Annual administration and progress report of the Indian Medical Department, Bombay
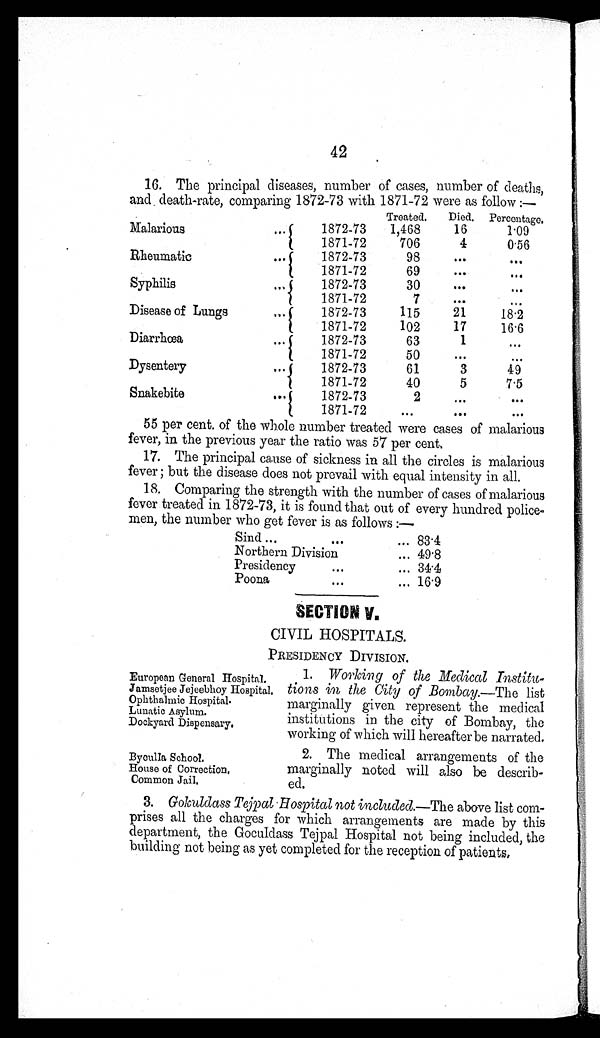
European General Hospital.
Jamsetjee Jejeebhoy Hospital.
Ophthalmic Hospital.
Lunatic Asylum.
Dockyard Dispensary.
Byoulla School.
House of Correction.
Common Jail.
42
16. The principal diseases, number of cases, number of deaths,
and death-rate, comparing 1872-73 with 1871-72 were as follow :—
Malarious . . .
Treated.
Died. Percentage.
1872-73
1,468
16
1.09
1871-72
706
4
0.56
Rheumatic . . .
1872-73
98
. . .
. . .
1871-72
69
. . .
. . .
Syphilis . . .
1872-73
30
. . .
. . .
1871-72
7
. . .
. . .
Disease of Lungs . . .
1872-73
115
21
18.2
1871-72
102
17
16.6
Diarrhœa . . .
1872-73
63
1
. . .
1871-72
50
. . .
. . .
Dysentery . . .
1872-73
61
3
49
1871-72
40
5
7.5
Snakebite . . .
1872-73
2
. . .
. . .
1871-72
. . .
. . .
. . .
55 per cent of the whole number treated were cases of malarious
fever, in the previous year the ratio was 57 per cent.
17.The principal cause of sickness in all the circles is malarious
fever ; but the disease does not prevail with equal intensity in all.
18. Comparing the strength with the number of cases of malarious
fever treated in 1872-73, it is found that out of every hundred police
- m e n , t h e n u m b e r w h o g e t f e v e r i s a s f o l l o w s : —
Sind . . . 83.4
Northern Division . . . 49.8
Presidency . . . 34.4
Poona . . .
16.9
SECTION V.
CIVIL HOSPITALS.
PRESIDENCY DIVISION.
1. Working of the Medical Institu
- t i o n s i n t h e C i t y o f B o m b a y.
— T h e l i s t
marginally given represent the medical
institutions in the city of Bombay, the
working of which will hereafter be narrated.
2. The medical arrangements of the
marginally noted will also be describ-
ed.
3. Gokuldass Tejpal Hospital not included .—The above list com
- p r i s e s a l l t h e c h a r g e s f o r w h i c h a r r a n g e m e n t s a r e m a d e b y t h i s
department, the Goculdass Tejpal Hospital not being included, the
building not being as yet completed for the reception of patients.